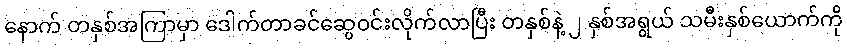
နောက် တနှစ်အကြာမှာ ဒေါက်တာခင်ဆွေဝင်းလိုက်လာပြီး တနှစ်နဲ့ ၂ နှစ်အရွယ် သမီးနှစ်ယောက်ကို